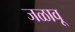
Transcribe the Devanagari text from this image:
जळावू